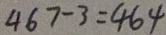
4 6 7 - 3 = 4 6 4